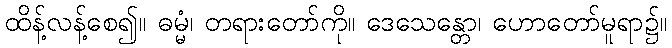
ထိန့်လန့်စေ၍။ ဓမ္မံ၊ တရားတော်ကို။ ဒေသေန္တော၊ ဟောတော်မူရာ၌။